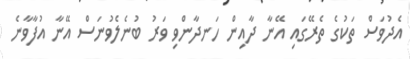
އެދުވަސް ތަކުގެ ތެރޭގައި އޭނާ ދާއިން ހަނދާންވި ވަރު ބުނެލެވުނަސް އޭނާ އުފާވާނެ